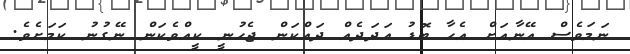
ނަމަވެސް އޭނާއަށް އެހާ ބޮޑު އަދަދެއް ދައްކަން ޖެހުނީ ކީއްވެކަން ނޭގުނު ކަމަށެވެ.